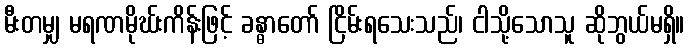
မီးတမျှ မရဏမိုဃ်းကိန်းဖြင့် ခန္ဓာတော် ငြိမ်းရသေးသည်၊ ငါသို့သောသူ ဆိုဘွယ်မရှိ။